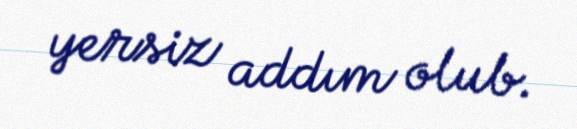
yersiz addım olub.